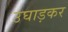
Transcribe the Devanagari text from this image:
उघाड़कर